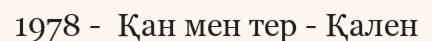
1978 -  Қан мен тер - Қален